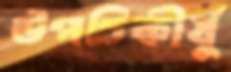
উপচিকীর্ষু